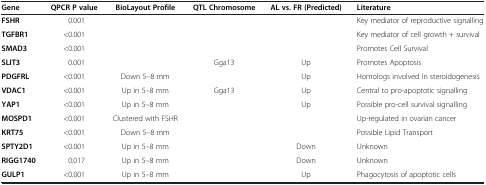
<table><thead><tr><td><b>Gene</b></td><td><b>QPCR P value</b></td><td><b>BioLayout Profile</b></td><td><b>QTL Chromosome</b></td><td><b>AL vs. FR (Predicted)</b></td><td><b>Literature</b></td></tr></thead><tbody><tr><td><b>FSHR</b></td><td>0.001</td><td> </td><td> </td><td> </td><td>Key mediator of reproductive signalling</td></tr><tr><td><b>TGFBR1</b></td><td>&lt;0.001</td><td> </td><td> </td><td> </td><td>Key mediator of cell growth + survival</td></tr><tr><td><b>SMAD3</b></td><td>&lt;0.001</td><td> </td><td> </td><td> </td><td>Promotes Cell Survival</td></tr><tr><td><b>SLIT3</b></td><td>0.001</td><td> </td><td>Gga13</td><td>Up</td><td>Promotes Apoptosis</td></tr><tr><td><b>PDGFRL</b></td><td>&lt;0.001</td><td>Down 5–8 mm</td><td> </td><td>Up</td><td>Homologs involved in steroidogenesis</td></tr><tr><td><b>VDAC1</b></td><td>&lt;0.001</td><td>Up in 5–8 mm</td><td>Gga13</td><td>Up</td><td>Central to pro-apoptotic signalling</td></tr><tr><td><b>YAP1</b></td><td>&lt;0.001</td><td>Up in 5–8 mm</td><td> </td><td>Up</td><td>Possible pro-cell survival signalling</td></tr><tr><td><b>MOSPD1</b></td><td>&lt;0.001</td><td>Clustered with FSHR</td><td> </td><td> </td><td>Up-regulated in ovarian cancer</td></tr><tr><td><b>KRT75</b></td><td>&lt;0.001</td><td>Down 5–8 mm</td><td> </td><td> </td><td>Possible Lipid Transport</td></tr><tr><td><b>SPTY2D1</b></td><td>&lt;0.001</td><td>Up in 5–8 mm</td><td> </td><td>Down</td><td>Unknown</td></tr><tr><td><b>RIGG1740</b></td><td>0.017</td><td>Up in 5–8 mm</td><td> </td><td>Down</td><td>Unknown</td></tr><tr><td><b>GULP1</b></td><td>&lt;0.001</td><td>Up in 5–8 mm</td><td> </td><td>Up</td><td>Phagocytosis of apoptotic cells</td></tr></tbody></table>